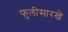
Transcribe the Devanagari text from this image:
फुलीसारखे